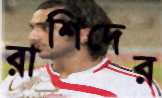
রাশিদের